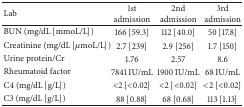
| Lab | 1st admission | 2nd admission | 3rd admission |
 | --- | --- | --- | --- |
 | BUN (mg/dL [mmoL/L]) | 166 [59.3] | 112 [40.0] | 50 [17.8] |
 | Creatinine (mg/dL [μmoL/L]) | 2.7 [239] | 2.9 [256] | 1.7 [150] |
 | Urine protein/Cr | 1.76 | 2.57 | 8.6 |
 | Rheumatoid factor | 7841 IU/mL | 1900 IU/mL | 68 IU/mL |
 | C4 (mg/dL [g/L]) | <2 [<0.02] | <2 [<0.02] | <2 [<0.02] |
 | C3 (mg/dL [g/L]) | 88 [0.88] | 68 [0.68] | 113 [1.13] |